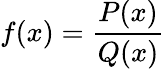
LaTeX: f(x)={\frac{P(x)}{Q(x)}}